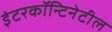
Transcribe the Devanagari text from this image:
इंटरकॉन्टिनेटील